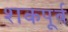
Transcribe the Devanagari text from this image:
शकपूर्व